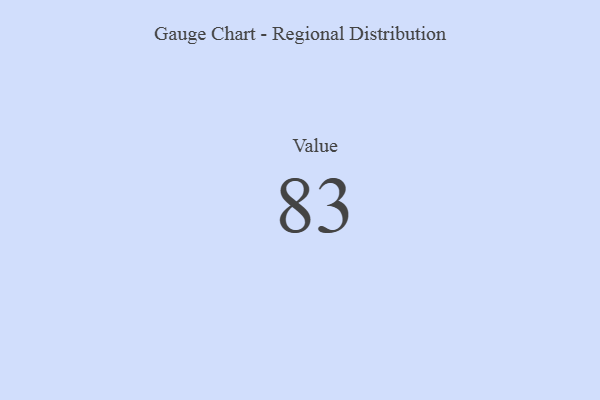
{"axis": {"x": "Metric", "y": "Value"}, "legend": [""], "data": [{"x": "Value", "y": 83, "type": ""}]}